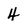
Character: 4